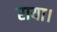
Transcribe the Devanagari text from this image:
राया।